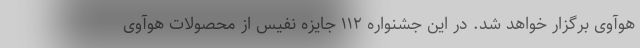
هوآوی برگزار خواهد شد. در این جشنواره ۱۱۲ جایزه نفیس از محصولات هوآوی